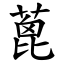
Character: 蓖